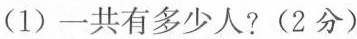
(1)一共有多少人?